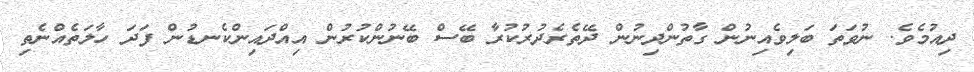
ދިއުމެވެ. ނުވަތަ ބަލިވެއިނުން ގާތުންދިނުން ދޭތެރެދުރުކުރާ ބޭސް ބޭނުންކުރުން އިއްދައިންކެނޑުން ފަދަ ހާލަތެއްނެތި